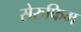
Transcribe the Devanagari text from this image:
सेरुफिम